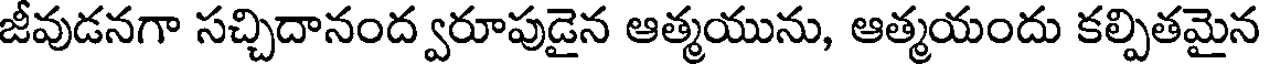
జీవుడనగా సచ్చిదానంద్వరూపుడైన ఆత్మయును, ఆత్మయందు కల్పితమైన